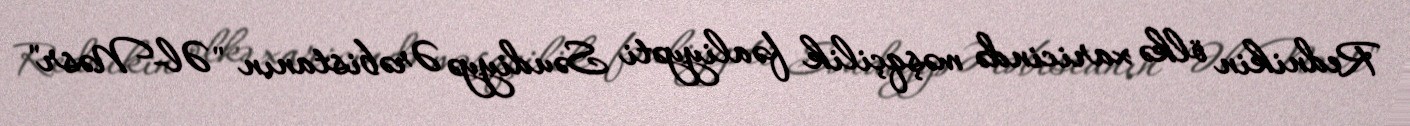
Rednikin ölkə xaricində məşqçilik fəaliyyəti Səudiyyə Ərəbistanın "Əl-Nəsr"